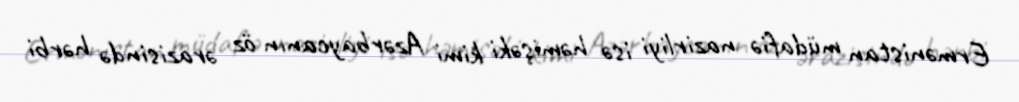
Ermənistan müdafiə nazirliyi isə həmişəki kimi Azərbaycanın öz ərazisində hərbi